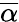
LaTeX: \overline{\alpha}